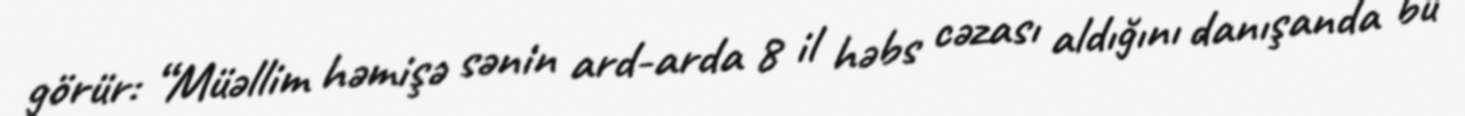
görür: “Müəllim həmişə sənin ard-arda 8 il həbs cəzası aldığını danışanda bu